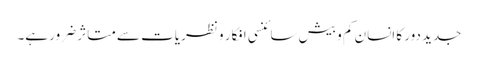
جدید دور کا انسان کم و بیش سائنسی افکار و نظریات سے متاثر ضرور ہے۔